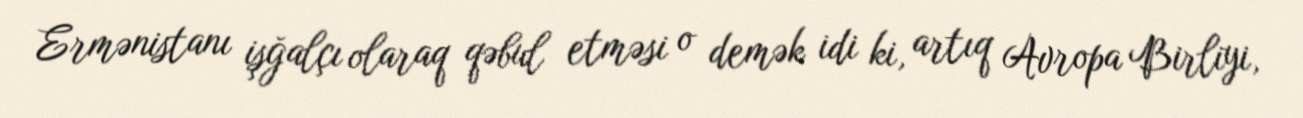
Ermənistanı işğalçı olaraq qəbul etməsi o demək idi ki, artıq Avropa Birliyi,